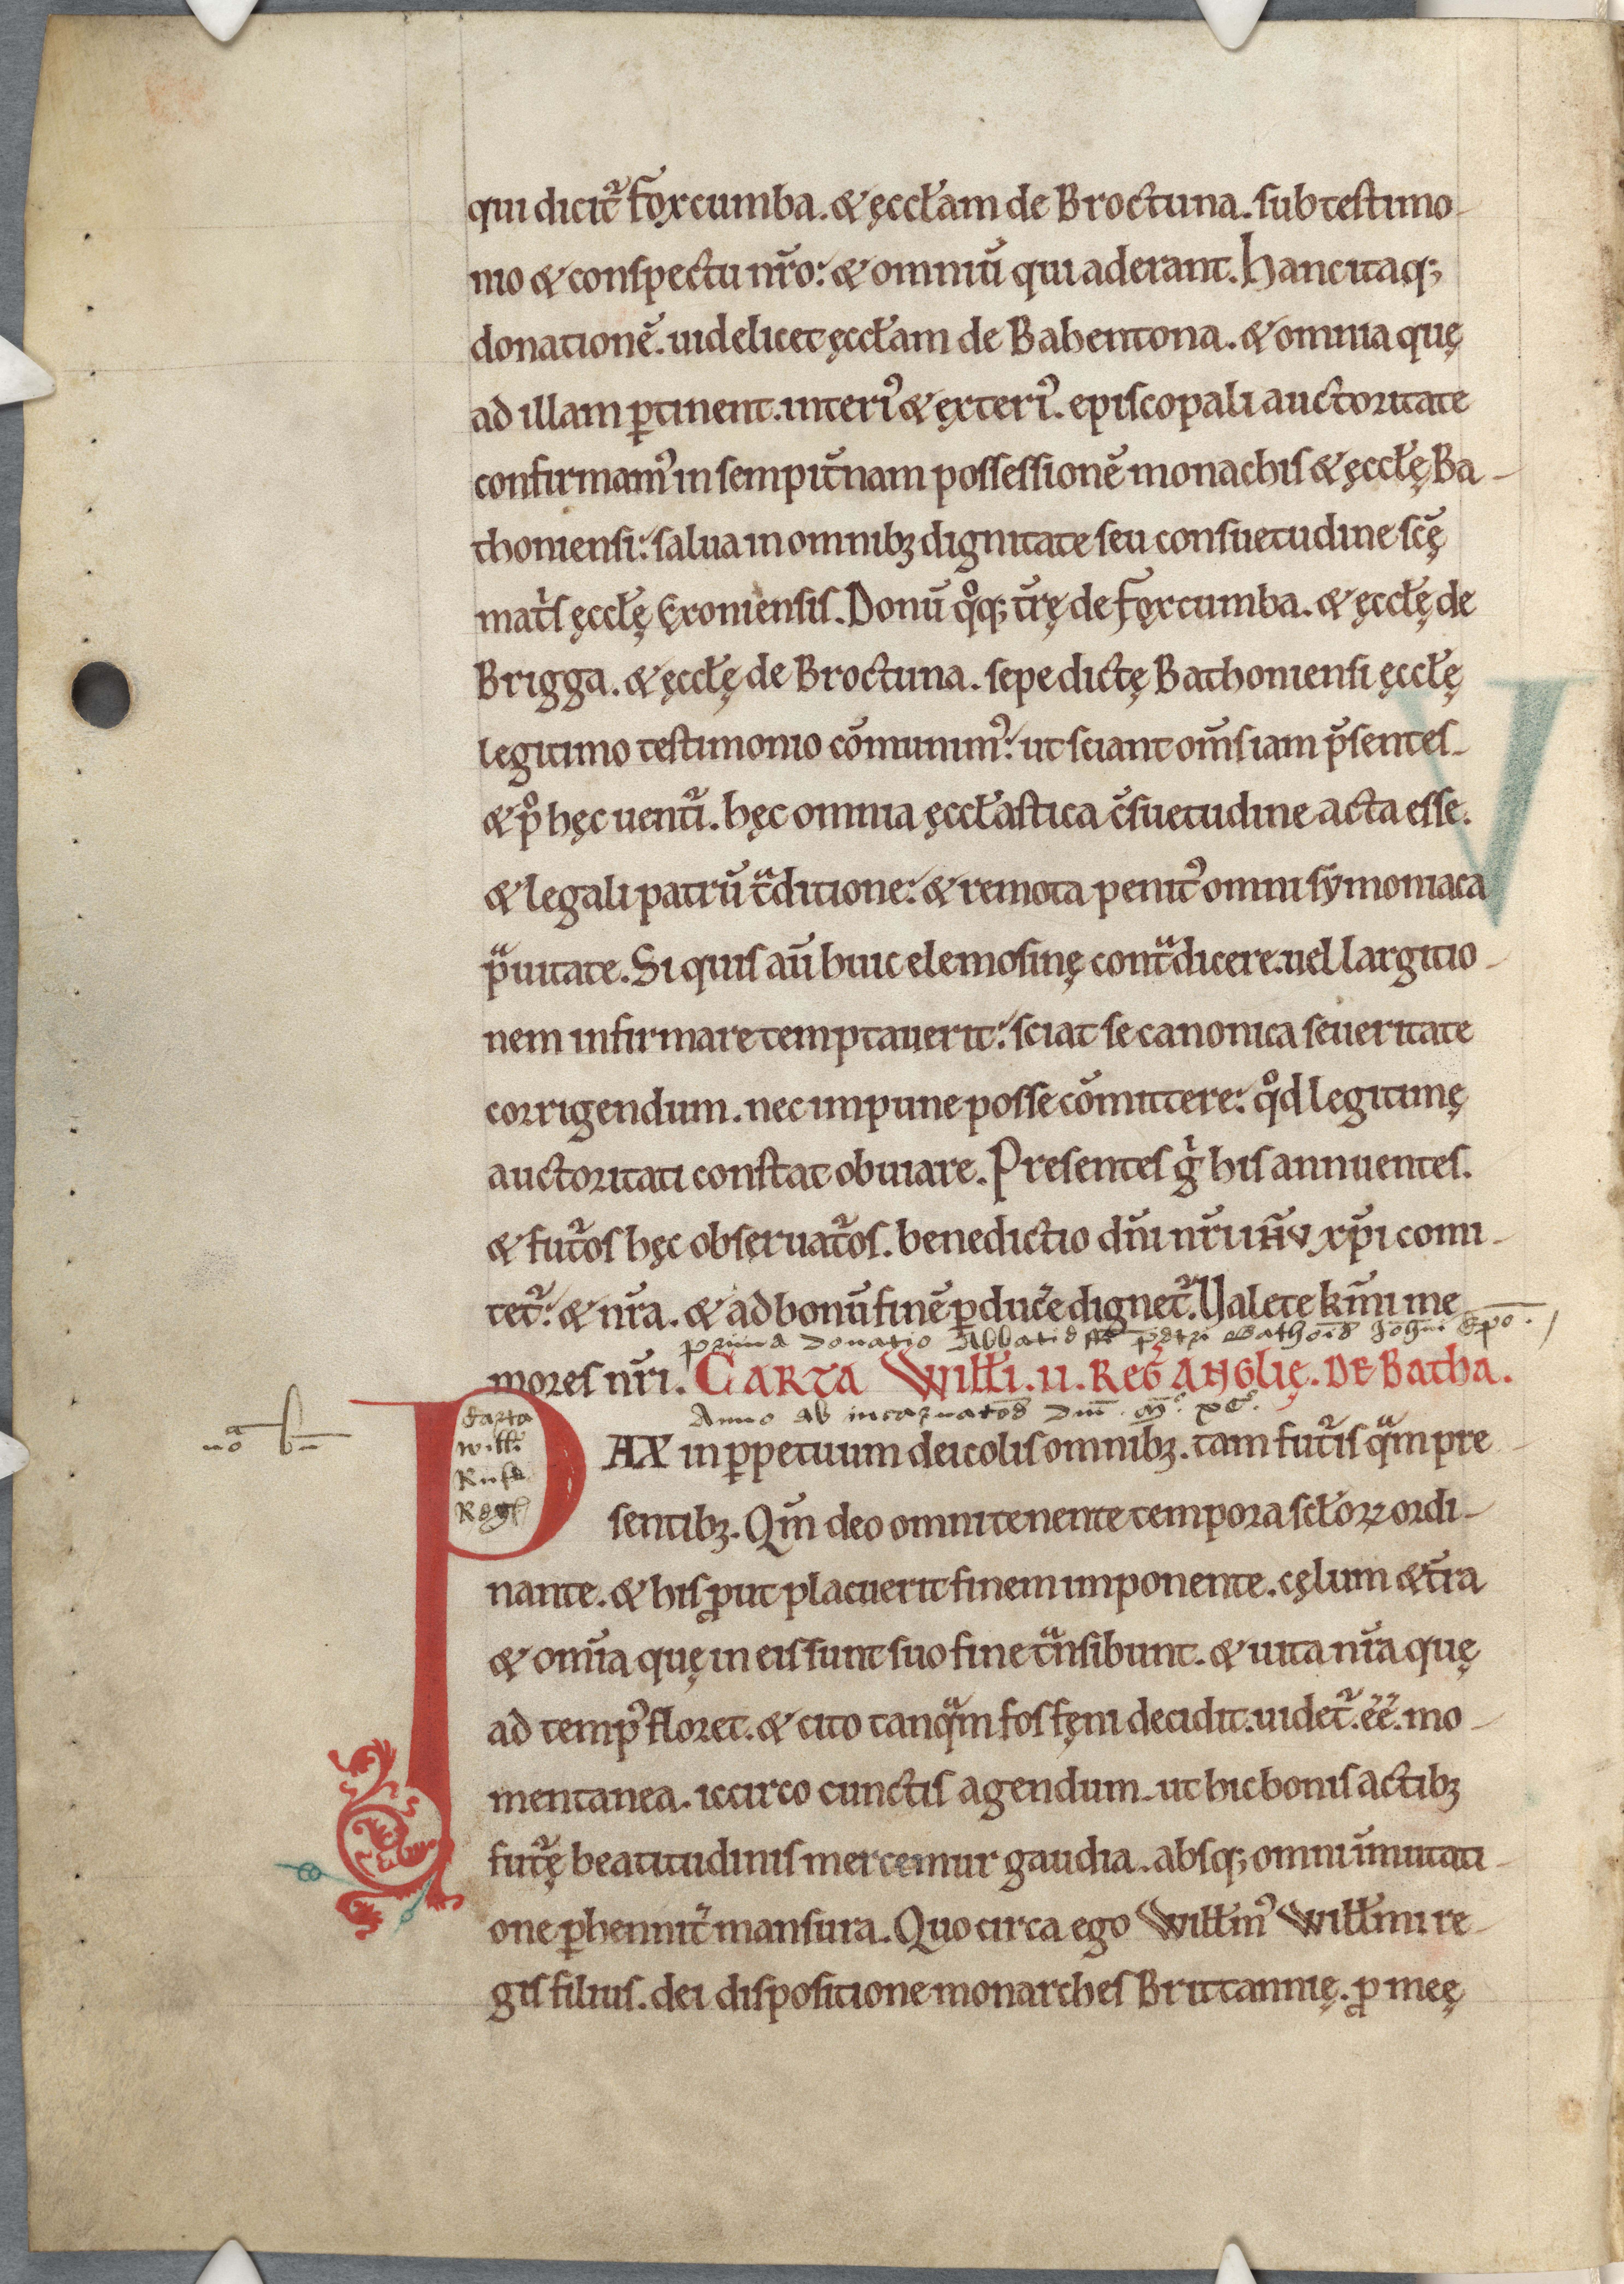
Shelfmark: Cambridge, Corpus Christi College, MS 111
Century: 11